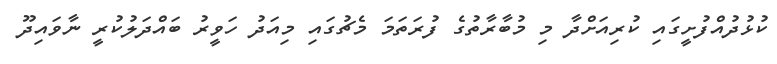
ކުޅުދުއްފުށީގައި ކުރިއަށްދާ މި މުބާރާތުގެ ފުރަތަމަ މެޗުގައި މިއަދު ހަވީރު ބައްދަލުކުރީ ނާވައިދޫ